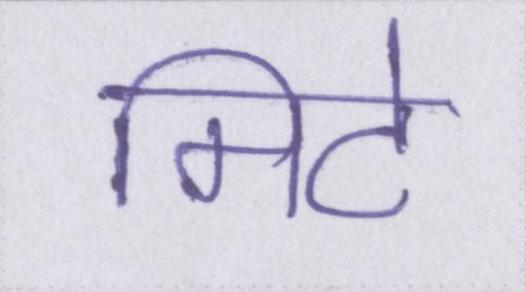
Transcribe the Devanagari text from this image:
मिटे